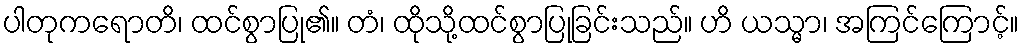
ပါတုကရောတိ၊ ထင်စွာပြု၏။ တံ၊ ထိုသို့ထင်စွာပြုခြင်းသည်။ ဟိ ယသ္မာ၊ အကြင်ကြောင့်။